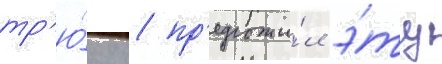
тр'ю́ку / пр'едложи́л э́ту